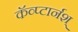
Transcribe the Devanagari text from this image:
कॅव्प्टार्नश्